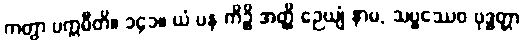
ကတွာ ပက္ကမီတိ။ ၁၄၁။ ယံ ပန ကိဉ္စိ အတ္ထိ ဉေယျံ နာမ, သဗ္ဗဿေဝ ဗုဒ္ဓတ္တာ